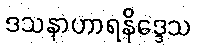
ဒသနာဟာရနိဒ္ဒေသ